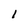
Character: l